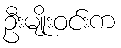
ဦးမျိုးဝင်းက